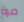
مرة